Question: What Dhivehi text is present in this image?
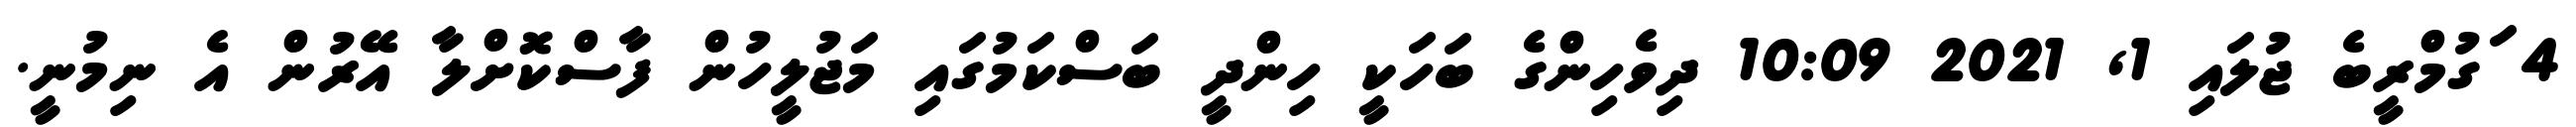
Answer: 4 ަގުމްރީބެ ޖުލައި 1, 2021 10:09 ދިވެހިންގެ ބަހަކީ ހިންދީ ބަސްކަމުގައި މަޖުލީހުން ފާސްކޮށްލާ އޭރުން އެ ނިމުނީ.